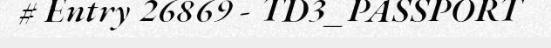
# Entry 26869 - TD3_PASSPORT